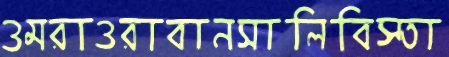
ওমরাওরাবানসালিবিস্তা